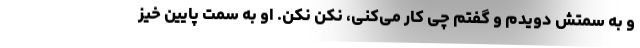
و به سمتش دویدم و گفتم چی کار می‌کنی، نکن نکن. او به سمت پایین خیز